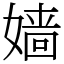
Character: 嫱